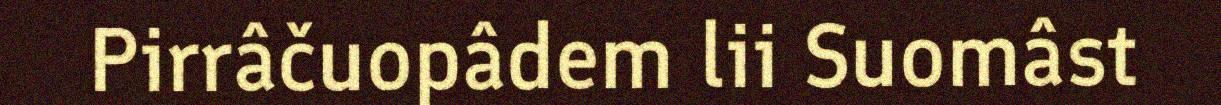
Pirrâčuopâdem lii Suomâst